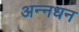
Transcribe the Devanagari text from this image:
अन्‍नधन